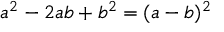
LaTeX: a ^ { 2 } - 2 a b + b ^ { 2 } = ( a - b ) ^ { 2 }